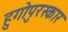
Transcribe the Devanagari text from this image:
हुगोपुरस्कार